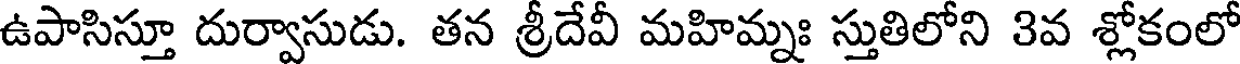
ఉపాసిస్తూ దుర్వాసుడు. తన శ్రీదేవీ మహిమ్నః స్తుతిలోని 3వ శ్లోకంలో